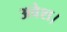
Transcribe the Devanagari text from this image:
अवेश।